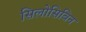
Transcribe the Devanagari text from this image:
सिलोसिबिन